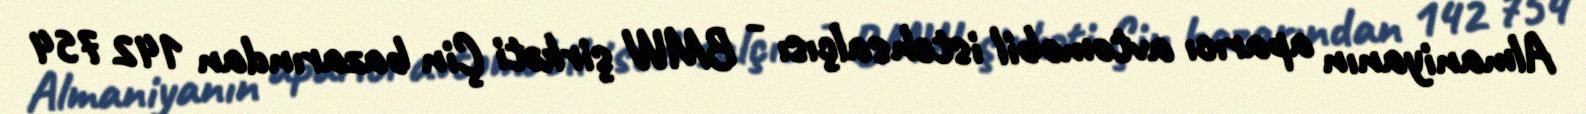
Almaniyanın aparıcı avtomobil istehsalçısı - BMW şirkəti Çin bazarından 142 754